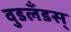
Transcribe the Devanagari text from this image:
वुडलँडस्